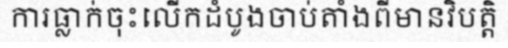
ការធ្លាក់ចុះលើកដំបូងចាប់តាំងពីមានវិបត្តិ